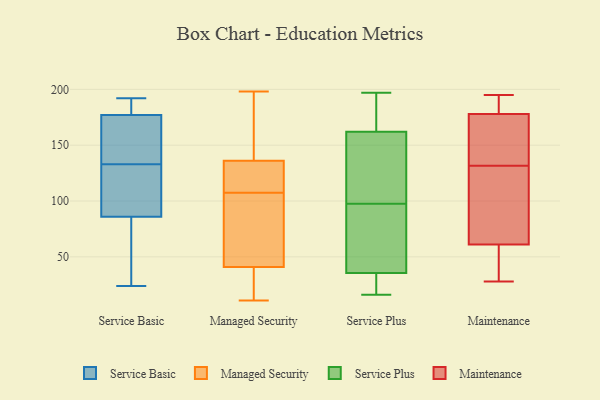
{"axis": {"x": "Net Income (USD K)", "y": "Value"}, "legend": ["Maintenance", "Managed Security", "Service Basic", "Service Plus"], "data": [{"x": "", "y": 24, "type": "Service Basic"}, {"x": "", "y": 114, "type": "Service Basic"}, {"x": "", "y": 154, "type": "Service Basic"}, {"x": "", "y": 192, "type": "Service Basic"}, {"x": "", "y": 126, "type": "Service Basic"}, {"x": "", "y": 45, "type": "Service Basic"}, {"x": "", "y": 188, "type": "Service Basic"}, {"x": "", "y": 140, "type": "Service Basic"}, {"x": "", "y": 164, "type": "Service Basic"}, {"x": "", "y": 51, "type": "Service Basic"}, {"x": "", "y": 119, "type": "Service Basic"}, {"x": "", "y": 86, "type": "Service Basic"}, {"x": "", "y": 177, "type": "Service Basic"}, {"x": "", "y": 178, "type": "Service Basic"}, {"x": "", "y": 128, "type": "Managed Security"}, {"x": "", "y": 136, "type": "Managed Security"}, {"x": "", "y": 52, "type": "Managed Security"}, {"x": "", "y": 20, "type": "Managed Security"}, {"x": "", "y": 94, "type": "Managed Security"}, {"x": "", "y": 11, "type": "Managed Security"}, {"x": "", "y": 136, "type": "Managed Security"}, {"x": "", "y": 80, "type": "Managed Security"}, {"x": "", "y": 136, "type": "Managed Security"}, {"x": "", "y": 90, "type": "Managed Security"}, {"x": "", "y": 30, "type": "Managed Security"}, {"x": "", "y": 66, "type": "Managed Security"}, {"x": "", "y": 121, "type": "Managed Security"}, {"x": "", "y": 24, "type": "Managed Security"}, {"x": "", "y": 130, "type": "Managed Security"}, {"x": "", "y": 152, "type": "Managed Security"}, {"x": "", "y": 137, "type": "Managed Security"}, {"x": "", "y": 198, "type": "Managed Security"}, {"x": "", "y": 19, "type": "Managed Security"}, {"x": "", "y": 123, "type": "Managed Security"}, {"x": "", "y": 29, "type": "Service Plus"}, {"x": "", "y": 110, "type": "Service Plus"}, {"x": "", "y": 175, "type": "Service Plus"}, {"x": "", "y": 96, "type": "Service Plus"}, {"x": "", "y": 99, "type": "Service Plus"}, {"x": "", "y": 174, "type": "Service Plus"}, {"x": "", "y": 28, "type": "Service Plus"}, {"x": "", "y": 69, "type": "Service Plus"}, {"x": "", "y": 21, "type": "Service Plus"}, {"x": "", "y": 169, "type": "Service Plus"}, {"x": "", "y": 92, "type": "Service Plus"}, {"x": "", "y": 42, "type": "Service Plus"}, {"x": "", "y": 134, "type": "Service Plus"}, {"x": "", "y": 42, "type": "Service Plus"}, {"x": "", "y": 28, "type": "Service Plus"}, {"x": "", "y": 156, "type": "Service Plus"}, {"x": "", "y": 197, "type": "Service Plus"}, {"x": "", "y": 16, "type": "Service Plus"}, {"x": "", "y": 168, "type": "Service Plus"}, {"x": "", "y": 154, "type": "Service Plus"}, {"x": "", "y": 34, "type": "Maintenance"}, {"x": "", "y": 30, "type": "Maintenance"}, {"x": "", "y": 151, "type": "Maintenance"}, {"x": "", "y": 176, "type": "Maintenance"}, {"x": "", "y": 28, "type": "Maintenance"}, {"x": "", "y": 195, "type": "Maintenance"}, {"x": "", "y": 180, "type": "Maintenance"}, {"x": "", "y": 94, "type": "Maintenance"}, {"x": "", "y": 129, "type": "Maintenance"}, {"x": "", "y": 88, "type": "Maintenance"}, {"x": "", "y": 134, "type": "Maintenance"}, {"x": "", "y": 186, "type": "Maintenance"}]}